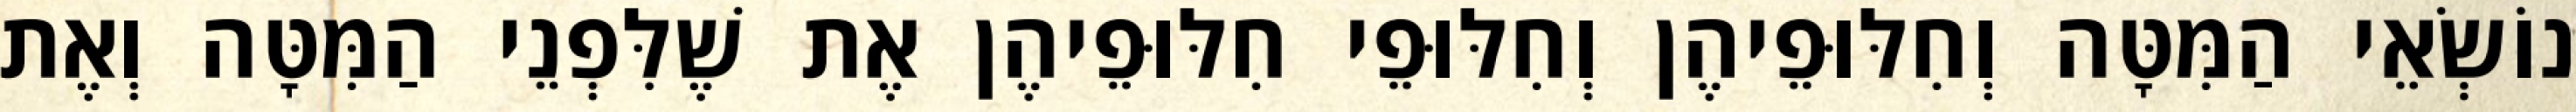
נוֹשְׂאֵי הַמִּטָּה וְחִלּוּפֵיהֶן וְחִלּוּפֵי חִלּוּפֵיהֶן אֶת שֶׁלִּפְנֵי הַמִּטָּה וְאֶת